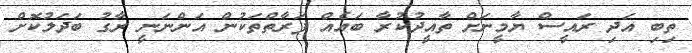
ތިބި އަދި ރައީސް ޔާމީނަށް ތާއީދުކުރާ ބައެއް ފަރާތްތަކުން އަންނަނީ ރާގު ބަދަލުކޮށް